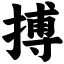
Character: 搏